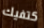
كتفيك